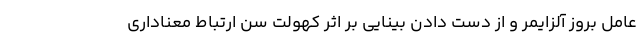
عامل بروز آلزایمر و از دست دادن بینایی بر اثر کهولت سن ارتباط معناداری